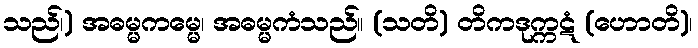
သည်၊) အဓမ္မကမ္မေ၊ အဓမ္မကံသည်။ (သတိ) တိကဒုက္ကဋံ (ဟောတိ)၊